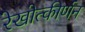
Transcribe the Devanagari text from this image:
रेखोत्कीर्णन